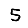
Digit: 5